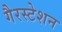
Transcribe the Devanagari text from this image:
गैरस्टेशन